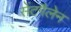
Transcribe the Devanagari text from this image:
सेंटगैलेन